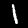
Label: 1